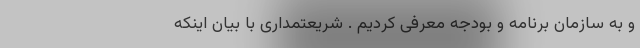
و به سازمان برنامه و بودجه معرفی کردیم . شریعتمداری با بیان اینکه